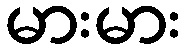
မားမား